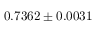
0 . 7 3 6 2 \pm 0 . 0 0 3 1